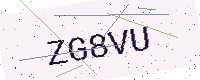
Text: ZG8VU